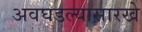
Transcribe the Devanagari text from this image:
अवघडल्यासारखे